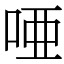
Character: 唖